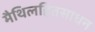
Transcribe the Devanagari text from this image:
मैथिलहितसाधन